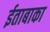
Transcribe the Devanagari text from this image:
ईताबाका